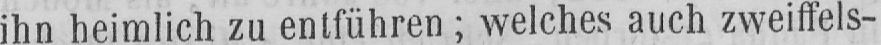
ihn heimlich zu entführen; welches auch zweiffels-